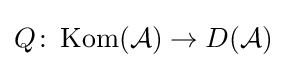
Q\colon \operatorname {Kom} ({\mathcal {A}})\to D({\mathcal {A}})